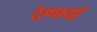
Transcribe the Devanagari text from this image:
देणार्यां